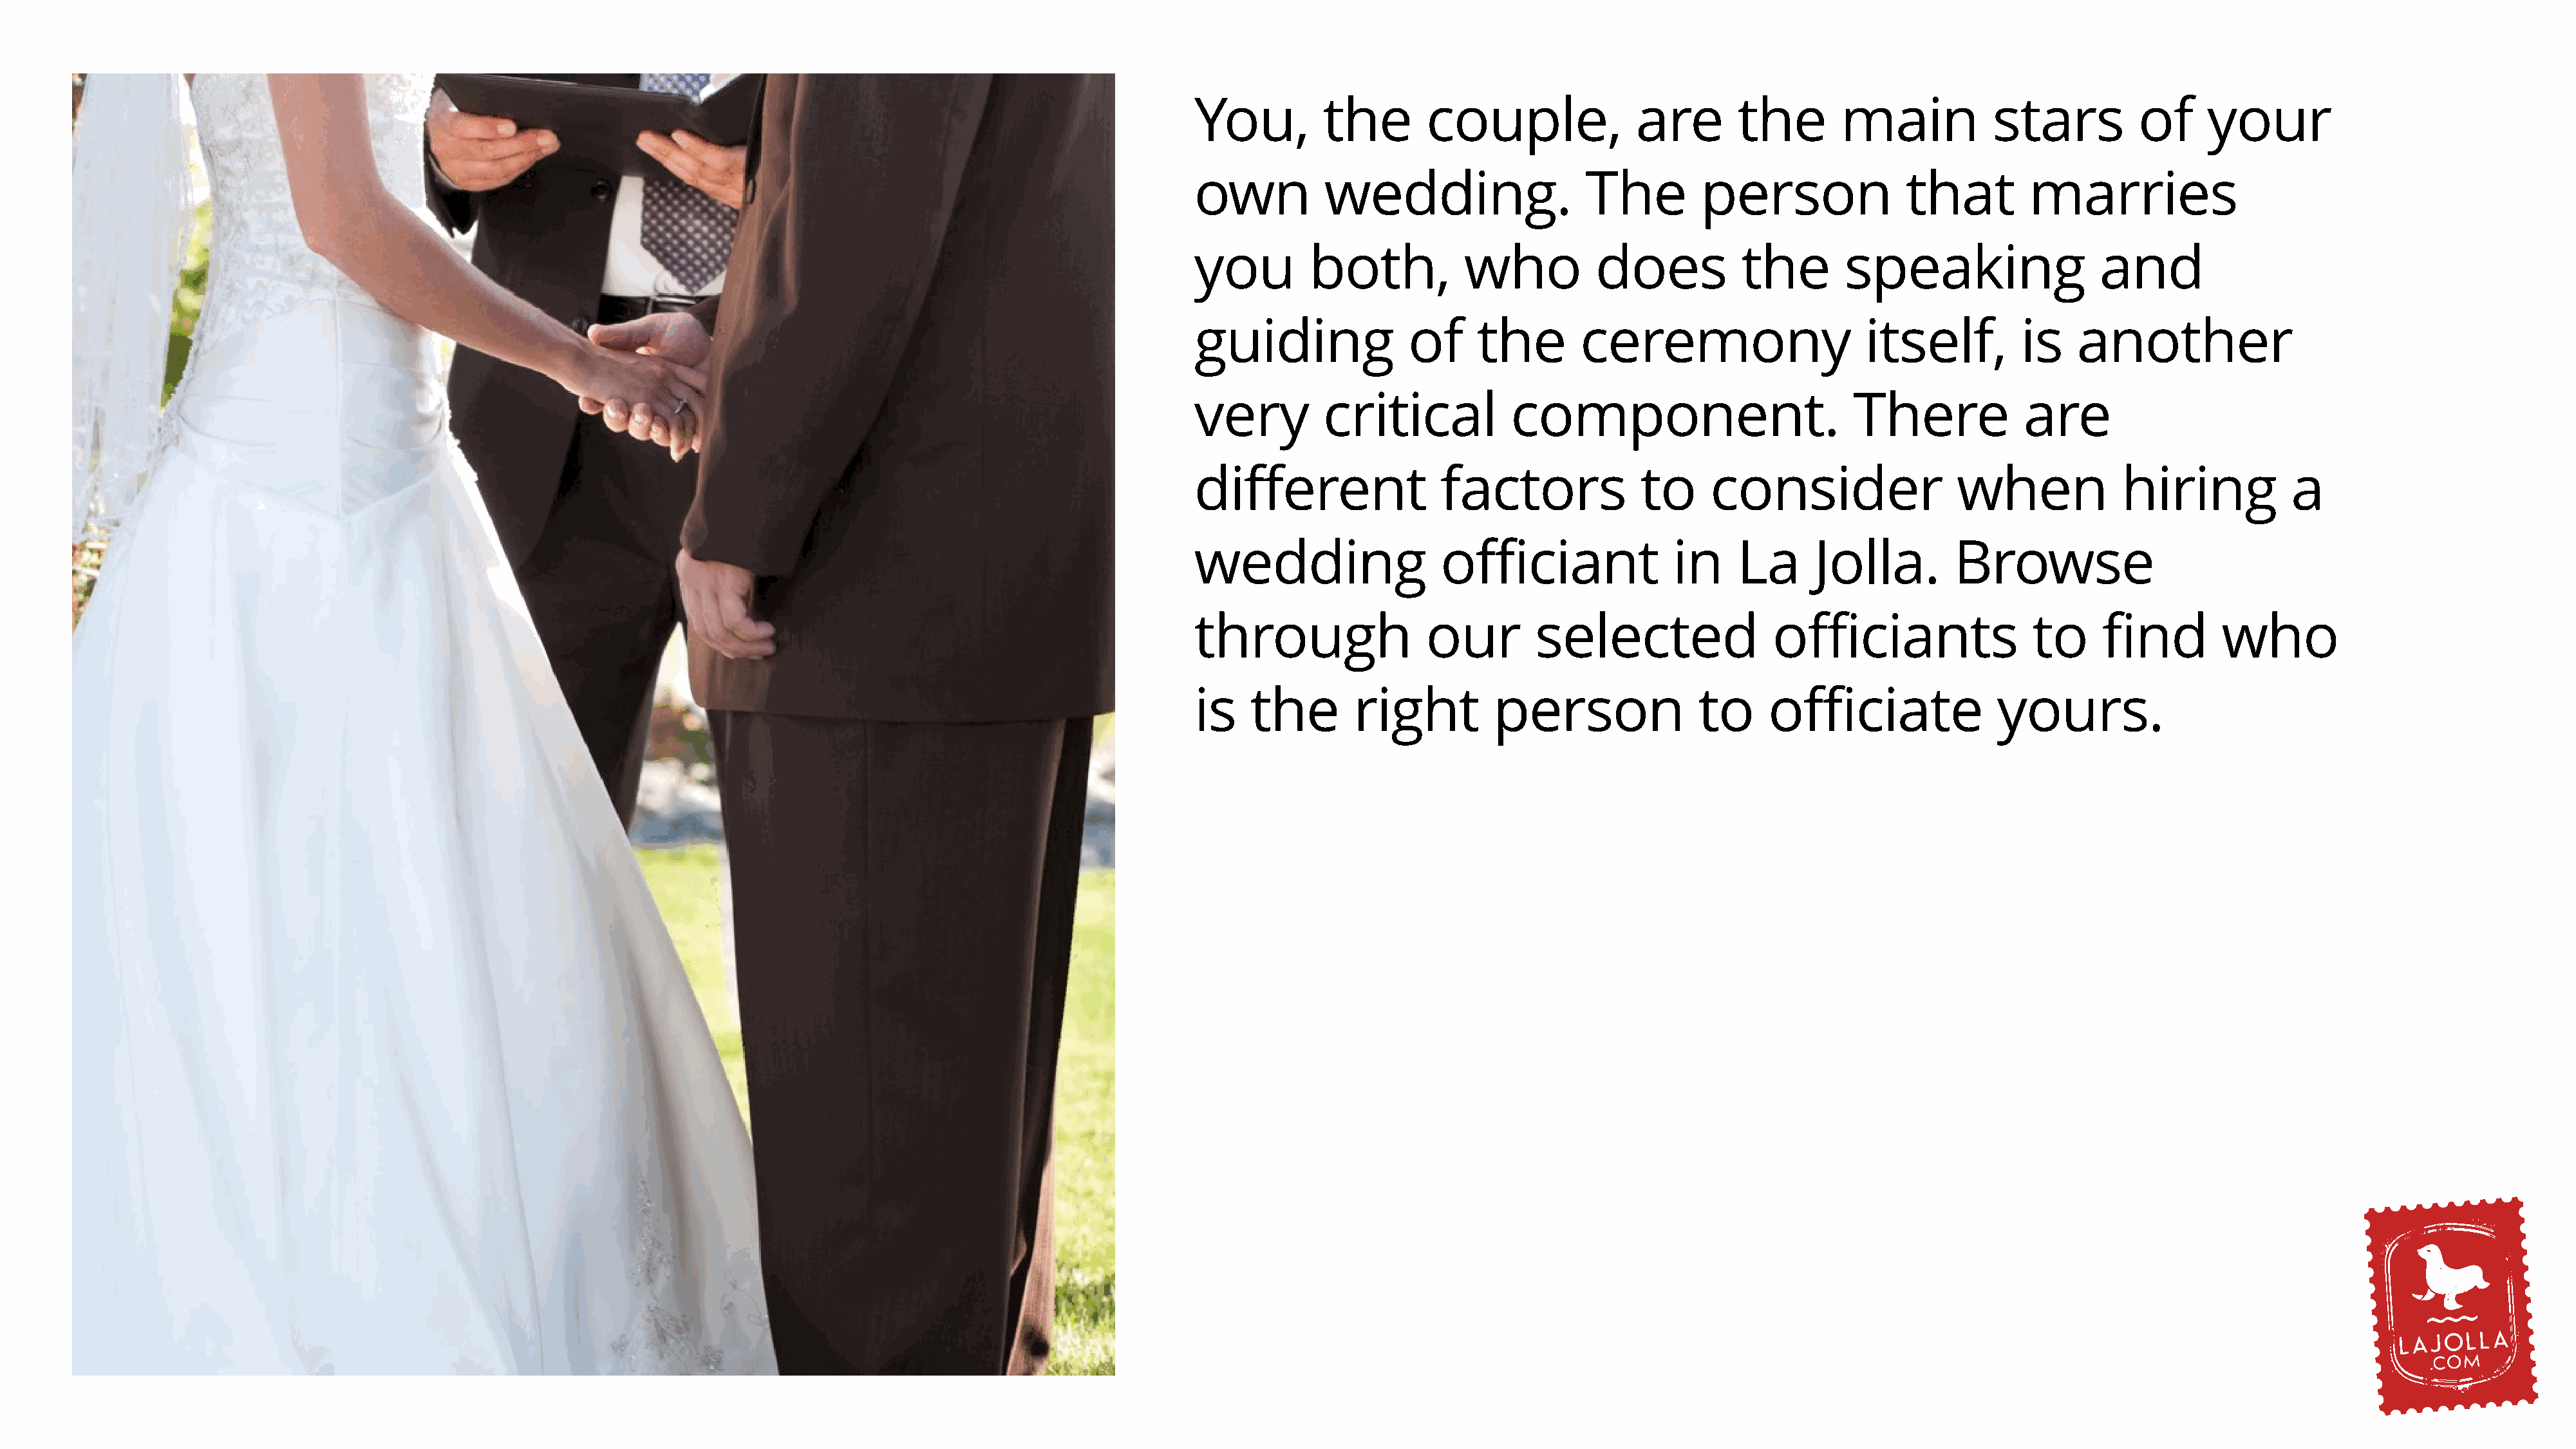
You,         the        couple,              are        the       main            stars          of     your
 own          wedding.                   The         person               that         marries
 you         both,           who          does           the        speaking                  and
 guiding               of     the       ceremony                      itself,         is    another
 very         critical           component.                          There            are
 different                factors              to     consider                 when             hiring            a
 wedding                  officiant               in     La     Jolla.         Browse
 through                 our        selected                officiants                 to     find        who
 is    the       right         person                to     officiate              yours.